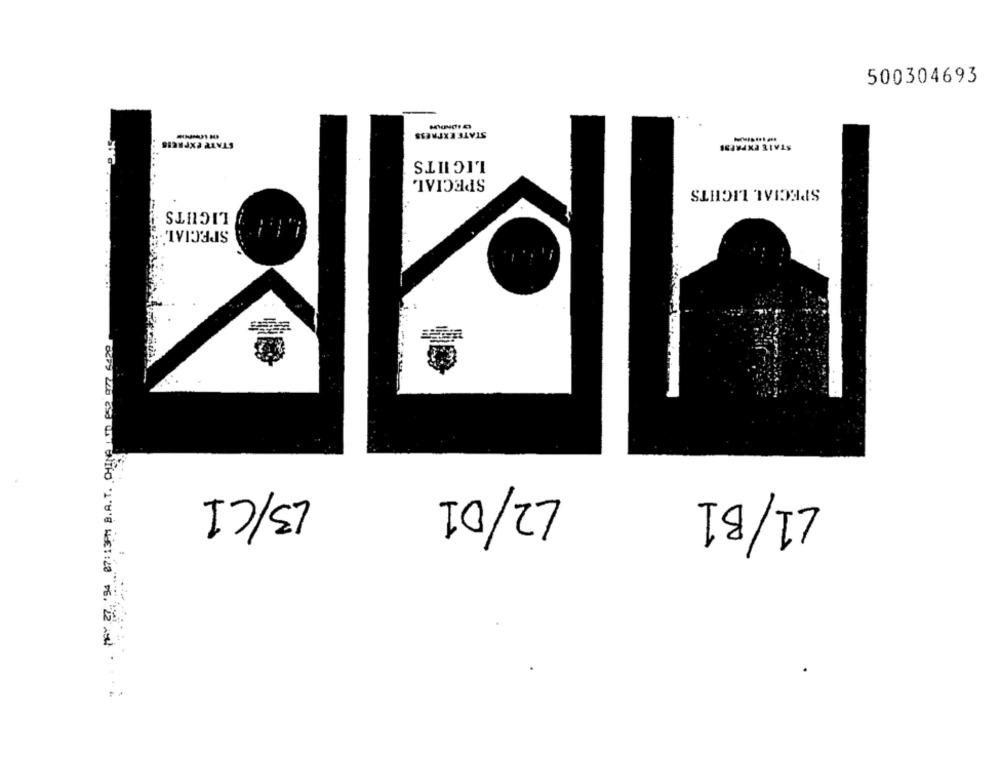
500304693
STATE EXPRESS
STATE EXPRESS
STATE EXPRESS
LIGHTS
SPECIAL
SPECIAL LIGHTS
LIGHTS
SPECIAL
12/01
13/C1
L1/B1